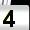
Digit: 4